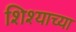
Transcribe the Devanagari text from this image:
शिश्याच्या